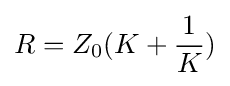
R=Z_{0}(K+{\frac {1}{K}})